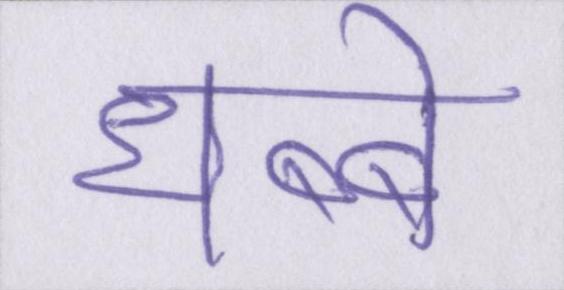
धब्बे